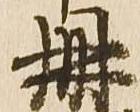
冊